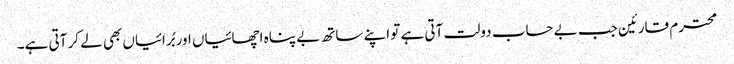
محترم قارئین جب بے حساب دولت آتی ہے تو اپنے ساتھ بے پناہ اچھائیاں اور بُرائیاں بھی لے کر آتی ہے۔